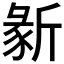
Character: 𣂵